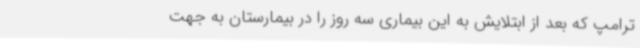
ترامپ که بعد از ابتلایش به این بیماری سه روز را در بیمارستان به جهت